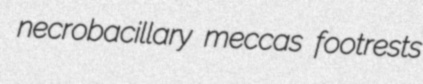
necrobacillary meccas footrests